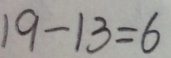
1 9 - 1 3 = 6